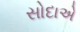
સોદાએ